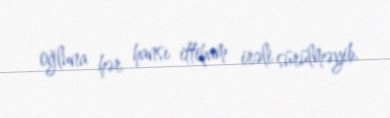
oğluna hər hansı ittiham irəli sürülməyib.